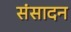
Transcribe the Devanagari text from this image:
संसादन